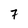
Character: 7